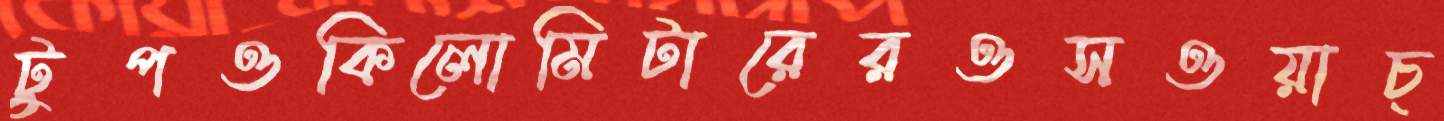
টুপওকিলোমিটারেরওসওয়াচ্